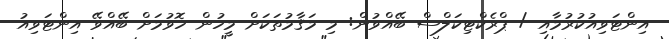
އިންޓަވިއުކުރުމާއި / ޕްރެކްޓިކަލްސް ބޭއްވުން: މި މަޤާމުތަކަށް މީހުން ހޮވުމަށް ބޭއްވޭ އިންޓަވިއު